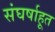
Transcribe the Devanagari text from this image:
संघर्षाहूत